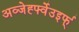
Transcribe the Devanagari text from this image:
अव्जेर्ह्फ्वेउइर्फ्